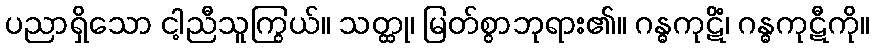
ပညာရှိသော ငါ့ညီသူကြွယ်။ သတ္ထု၊ မြတ်စွာဘုရား၏။ ဂန္ဓကုဋိံ၊ ဂန္ဓကုဋီကို။